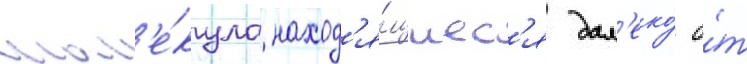
мол'е́кула наход'я́щиес'я дал'еко́ о́т